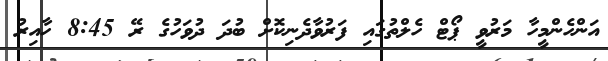
އަންހެންމީހާ މަރުވީ ޕޯޓް ހެލްތުގައި ފަރުވާދެނިކޮށް ބުދަ ދުވަހުގެ ރޭ 8:45 ހާއިރު